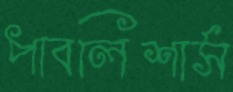
পাবলিশার্স